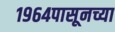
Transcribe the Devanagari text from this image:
१९६४पासूनच्या